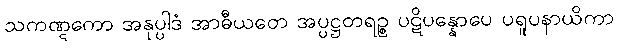
သကဏ္ဋကော အနုပ္ပါဒံ အာဓီယတေ အပ္ပဋ္ဌတရဉ္စ ပဋိပန္နောပေ ပရူပနာယိကာ